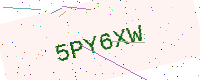
Text: 5PY6XW